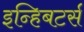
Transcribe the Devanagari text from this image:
इन्हिबटर्स